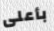
بأعلى